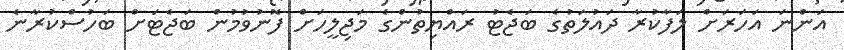
އަންނަ އަހަރަށް ލަފާކުރާ ދައުލަތުގެ ބަޖެޓު ރައްޔިތުންގެ މަޖިލީހަށް ފޮނުވުމުން ބަޖެޓަށް ބަހުސްކުރާނެ